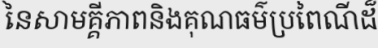
នៃសាមគ្គីភាពនិងគុណធម៌ប្រពៃណីដ៏